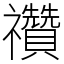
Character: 禶